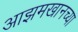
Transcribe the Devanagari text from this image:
आझमखानच्या